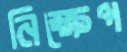
নিক্ষেপ